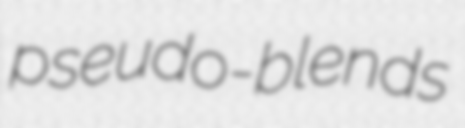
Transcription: pseudo-blends